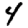
Digit: 4